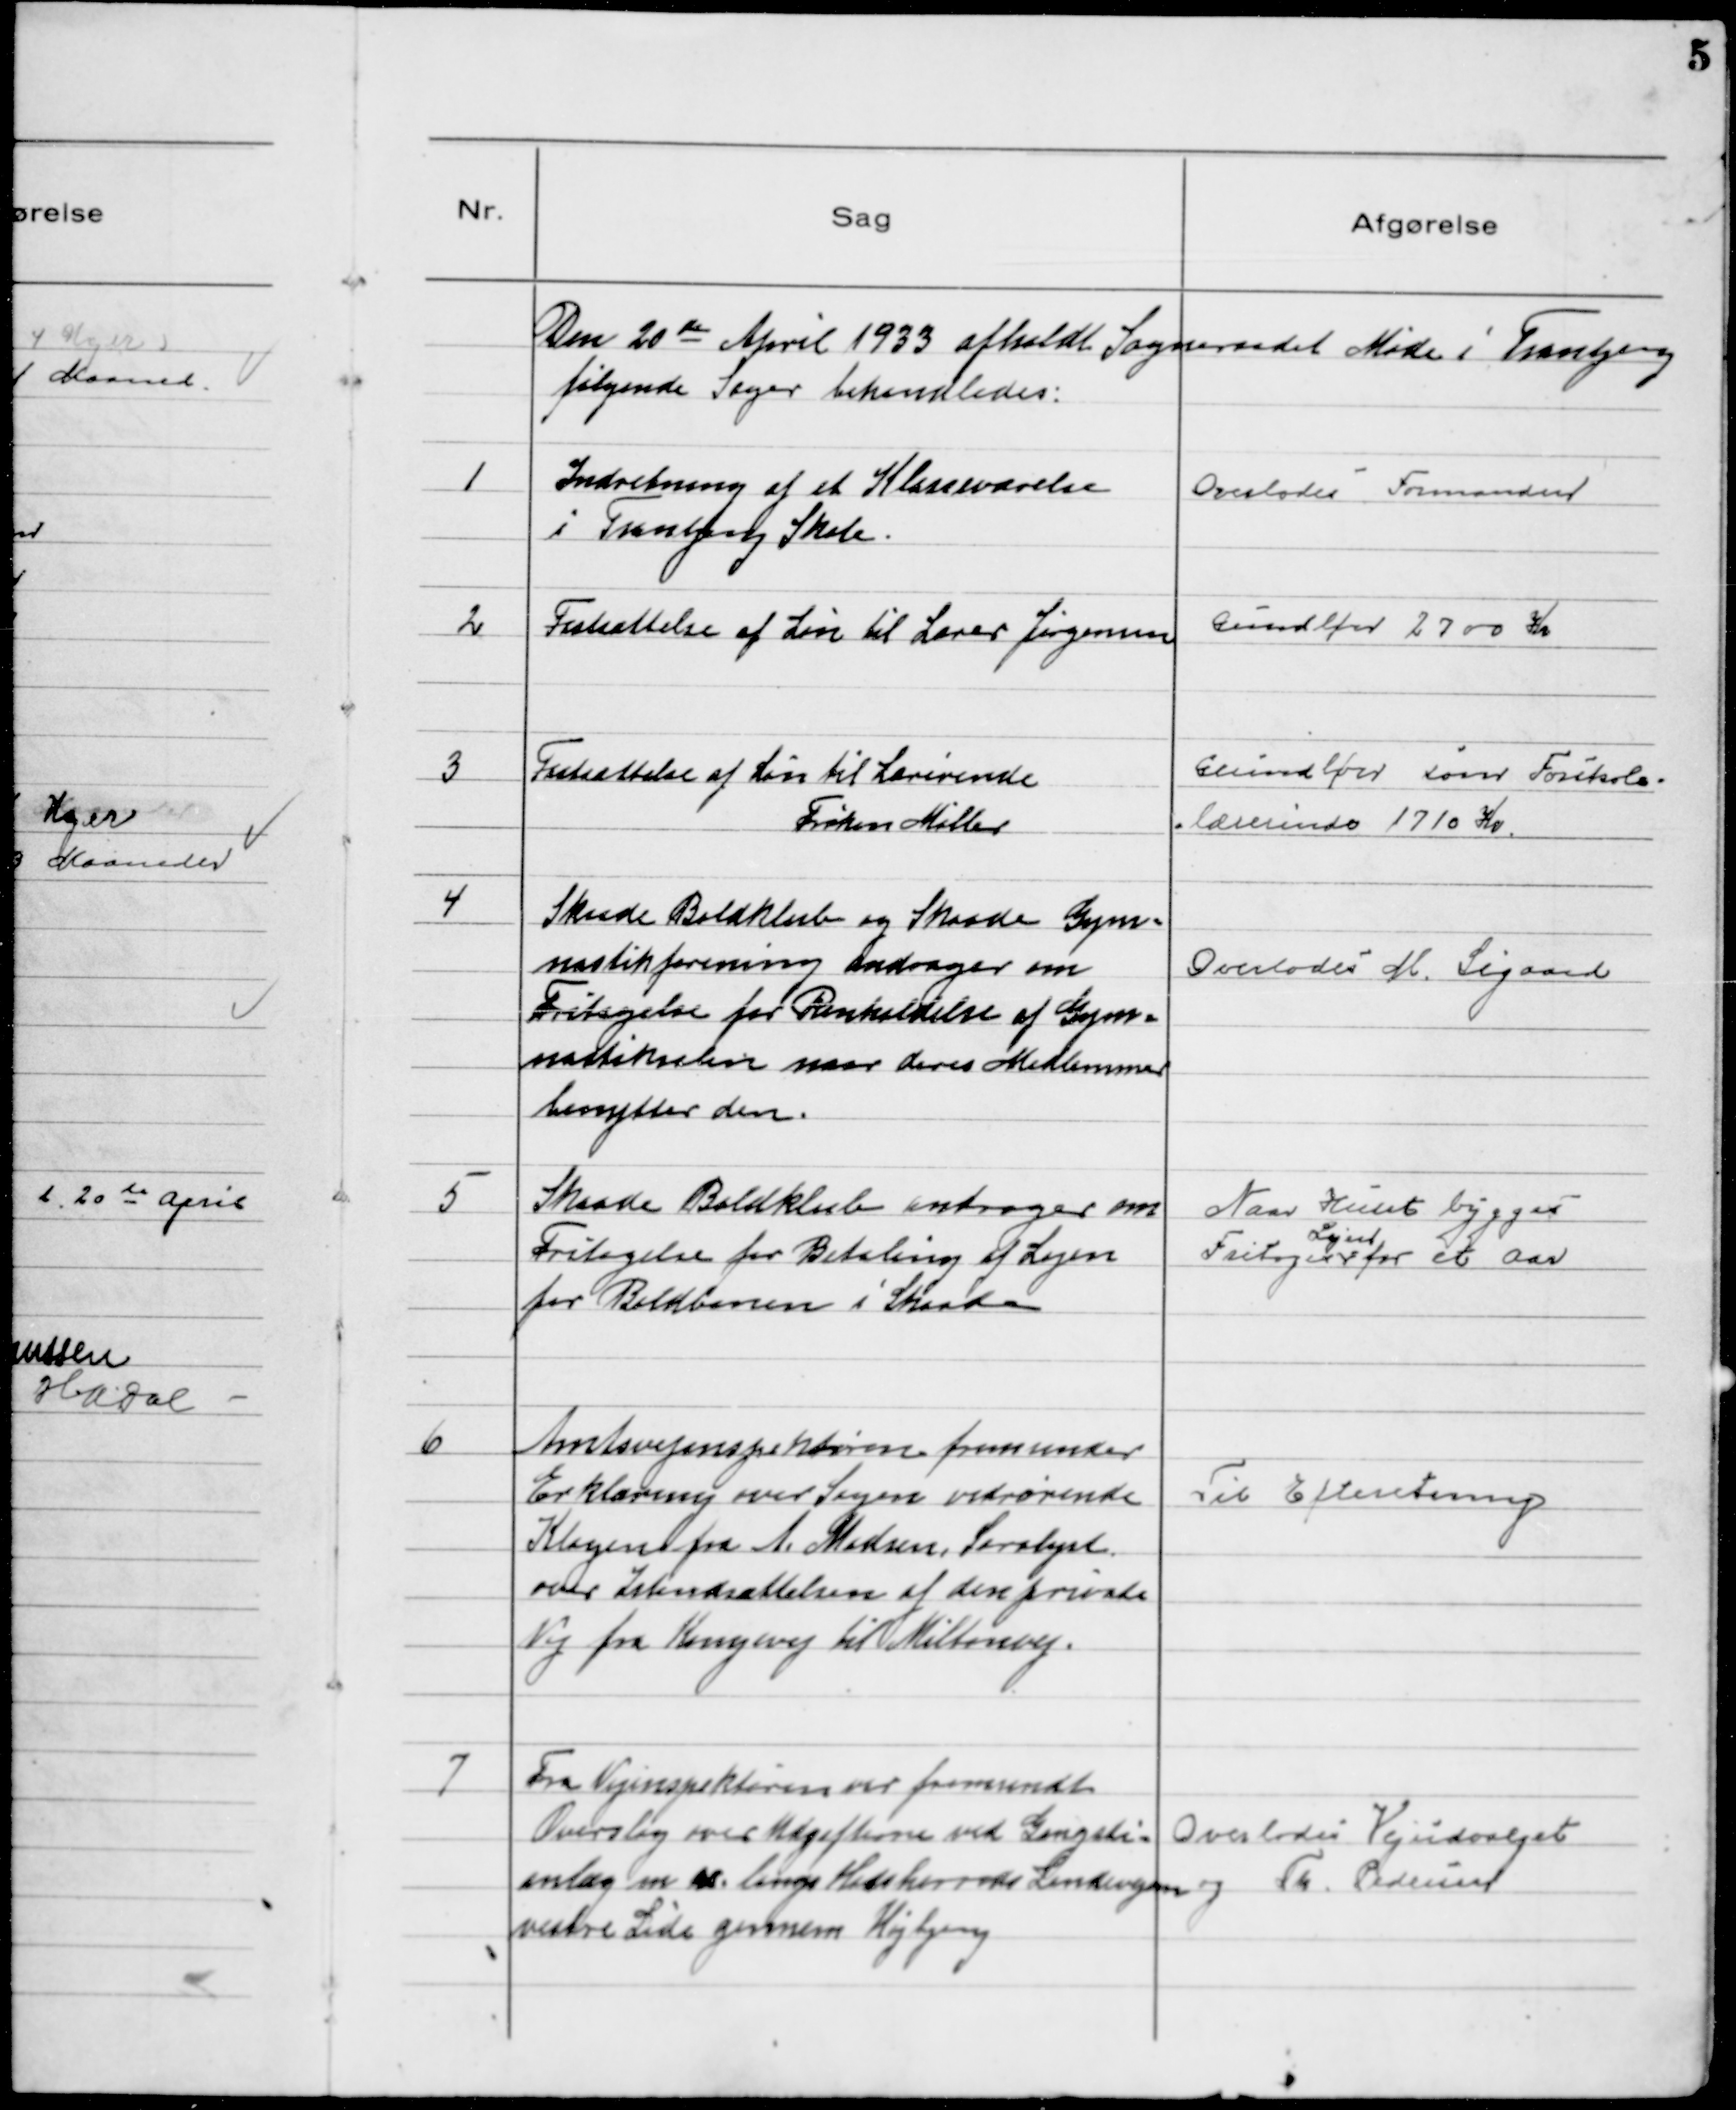
Transskription:
Den 20 de April 1933 afholdt Sogneraadet Møde i Tranbjerg
følgende Sager behandledes.

1
Indretning af et Klasseværelse
i Tranbjerg Skole.

Overlodes Formanden

2
Fastsættelse af Løn til Lærer Jørgensen

Grundløn 2700 Kr

3
Fastsættelse af Løn til Læreinde
Frøken Møller

Grundløn som Forskole-
lærerinde 1710 Kr.

4
Skaade Boldklub og Skaade Gym-
nastikforening andrager om
Fritagelse for Renholdelse af Gym-
nastiksalen naar deres Medlemmer
benytter den.

Overlodes M. Sigaard

5
Skaade Boldklub andrager om
Fritagelse for Betaling af Lejen
for Boldbanen i Skaade

Naar Huset bygges
Fritages
Lejen
for et Aar

6
Amtsvejinspektøren fremsender
Erklæring over Lejen vedrørende
Klagen fra A. Madsen, Saralyst
over Istandsættelsen af den private
Vej fra Kongevej til Miltonsvej.

Til Efteretning

7
Fra Vejinspektøren var fremsendt
Overslag over Udgifterne ved Gangsti-
anlæg m.m. langs Hadsherreds Landevejen
venstre Side gennem Højbjerg

Overlodes Vejudvalget
og Th. Pedersen